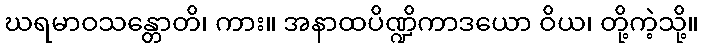
ဃရမာဝသန္တောတိ၊ ကား။ အနာထပိဏ္ဍိကာဒယော ဝိယ၊ တို့ကဲ့သို့။